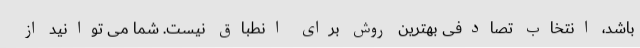
باشد، انتخاب تصادفی بهترین روش برای انطباق نیست. شما می توانید از